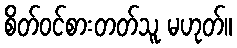
စိတ်ဝင်စားတတ်သူ မဟုတ်။